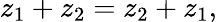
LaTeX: z_{1}+z_{2}=z_{2}+z_{1},